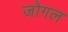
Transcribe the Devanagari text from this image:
जोगल